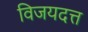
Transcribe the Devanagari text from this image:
विजयदत्त